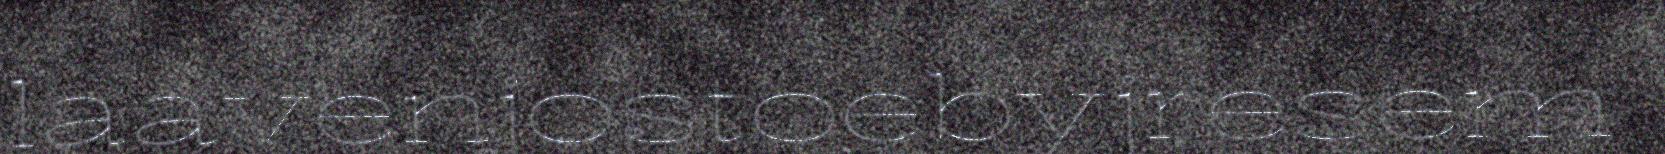
laavenjostoebyjresem